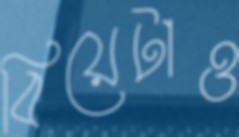
বিয়েটাও